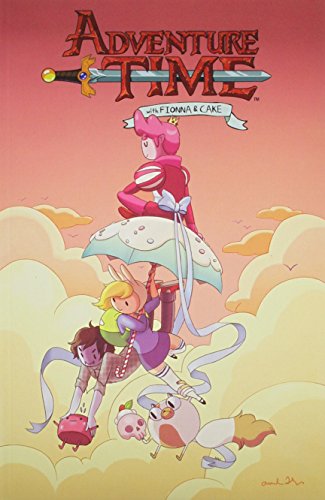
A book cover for Adventure Time: Fionna & Cake; Natasha Allegri; Children's Books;